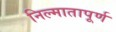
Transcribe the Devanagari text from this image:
निल्मातापूर्ण